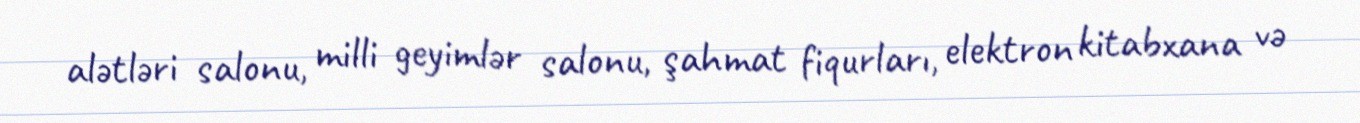
alətləri salonu, milli geyimlər salonu, şahmat fiqurları, elektron kitabxana və